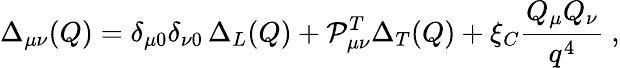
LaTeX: \Delta_{\mu\nu}(Q)=\delta_{\mu 0}\delta_{\nu 0}\, \Delta_{L}(Q)+{\cal P}_{\mu\nu}^{T}\Delta_{T}(Q)+\xi_{C}\frac{Q_{\mu}Q_{\nu}}{q^{4}}\ ,